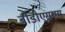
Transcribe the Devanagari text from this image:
बीडीएसएम